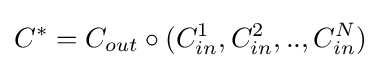
C^{*}=C_{out}\circ (C_{in}^{1},C_{in}^{2},..,C_{in}^{N})